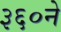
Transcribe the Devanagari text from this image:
३६०ने